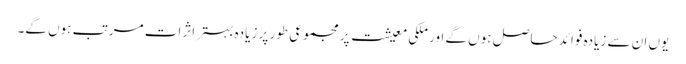
یوں ان سے زیادہ فوائد حاصل ہوں گے اور ملکی معیشت پر مجموعی طور پر زیادہ بہتر اثرات مرتب ہوں گے۔